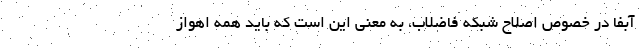
آبفا در خصوص اصلاح شبکه فاضلاب، به معنی این است که باید همه اهواز